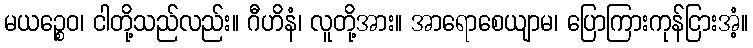
မယဉ္စေဝ၊ ငါတို့သည်လည်း။ ဂီဟိနံ၊ လူတို့အား။ အာရောစေယျာမ၊ ပြောကြားကုန်ငြားအံ့။